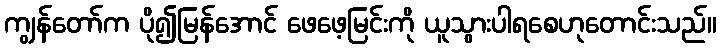
ကျွန်တော်က ပို၍မြန်အောင် ဖေဖေ့မြင်းကို ယူသွားပါရစေဟုတောင်းသည်။